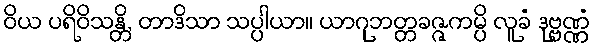
ဝိယ ပရိဝိသန္တိ, တာဒိသာ သပ္ပါယာ။ ယာဂုဘတ္တခဇ္ဇကမ္ပိ လူခံ ဒုဗ္ဗဏ္ဏံ